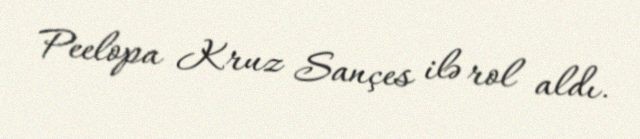
Peelopa Kruz Sançes ilə rol aldı.